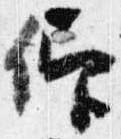
仰